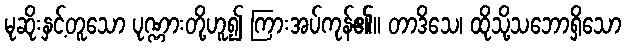
မုဆိုးနှင့်တူသော ပုဏ္ဏားတို့ဟူ၍ ကြားအပ်ကုန်၏။ တာဒိသေ၊ ထိုသို့သဘောရှိသော